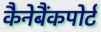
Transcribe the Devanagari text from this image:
कैनेबैंकपोर्ट